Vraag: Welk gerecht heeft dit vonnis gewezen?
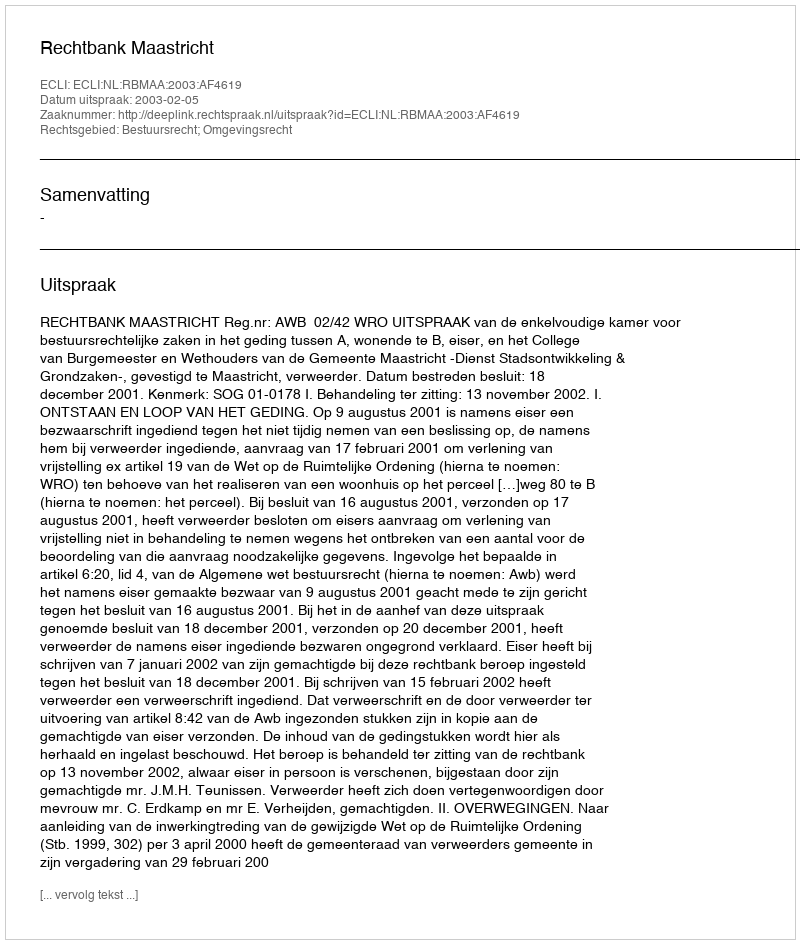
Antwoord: Rechtbank Maastricht